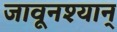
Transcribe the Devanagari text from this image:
जावूनश्यान्